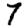
Digit: 7